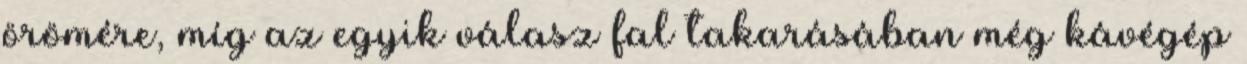
örömére, míg az egyik válasz fal takarásában még kávégép